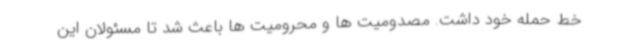
خط حمله خود داشت. مصدومیت ها و محرومیت ها باعث شد تا مسئولان این